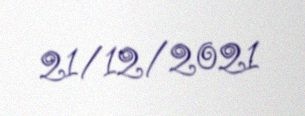
21/12/2021